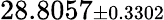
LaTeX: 28.8057{\scriptstyle\pm 0.3302}